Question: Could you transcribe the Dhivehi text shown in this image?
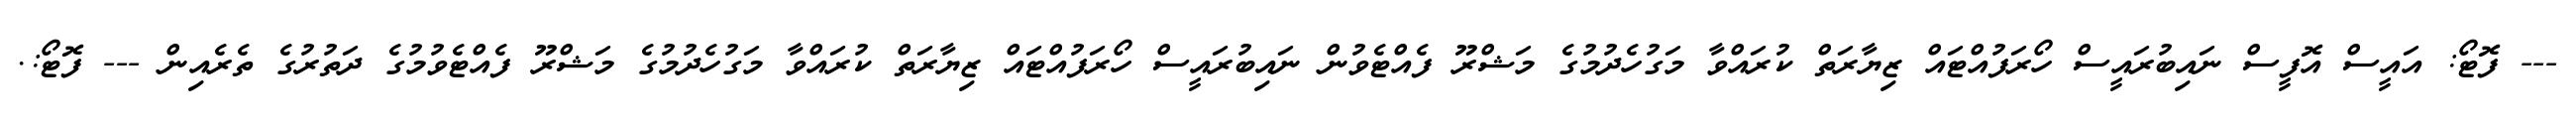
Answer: --- ފޮޓޯ: އައީސް އޮފީސް ނައިބުރައީސް ހޯރަފުއްޓައް ޒިޔާރަތް ކުރައްވާ މަގުހެދުމުގެ މަޝްރޫ ފެއްޓެވުން ނައިބުރައީސް ހޯރަފުއްޓައް ޒިޔާރަތް ކުރައްވާ މަގުހެދުމުގެ މަޝްރޫ ފެއްޓެވުމުގެ ދަތުރުގެ ތެރެއިން --- ފޮޓޯ:.